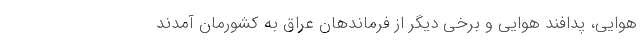
هوایی، پدافند هوایی و برخی دیگر از فرماندهان عراق به کشورمان آمدند